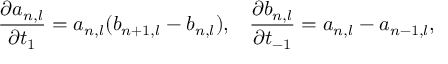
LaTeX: \frac { \partial a _ { n , l } } { \partial t _ { 1 } } = a _ { n , l } ( b _ { n + 1 , l } - b _ { n , l } ) , \; \; \; \frac { \partial b _ { n , l } } { \partial t _ { - 1 } } = a _ { n , l } - a _ { n - 1 , l } ,